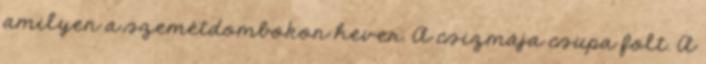
amilyen a szemétdombokon hever. A csizmája csupa folt. A